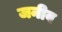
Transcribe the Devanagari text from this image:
जनीव